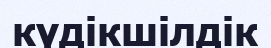
күдікшілдік